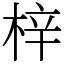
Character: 梓